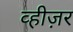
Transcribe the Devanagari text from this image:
व्हीज़र